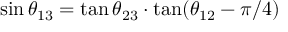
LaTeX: \sin \theta _ { 1 3 } = \tan \theta _ { 2 3 } \cdot \tan ( \theta _ { 1 2 } - \pi / 4 )